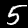
Label: 5